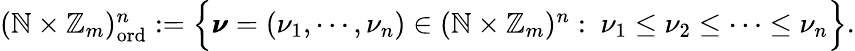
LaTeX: \begin{array}{r}{(\mathbb{N}\times\mathbb{Z}_{m})_{\mathrm{ord}}^{n}:=\Big\{ \pmb{\nu}=(\nu_{1},\cdots,\nu_{n})\in(\mathbb{N}\times\mathbb{Z}_{m})^{n}:~\nu_{1}\leq\nu_{2}\leq\cdots\leq\nu_{n}\Big\} .}\end{array}